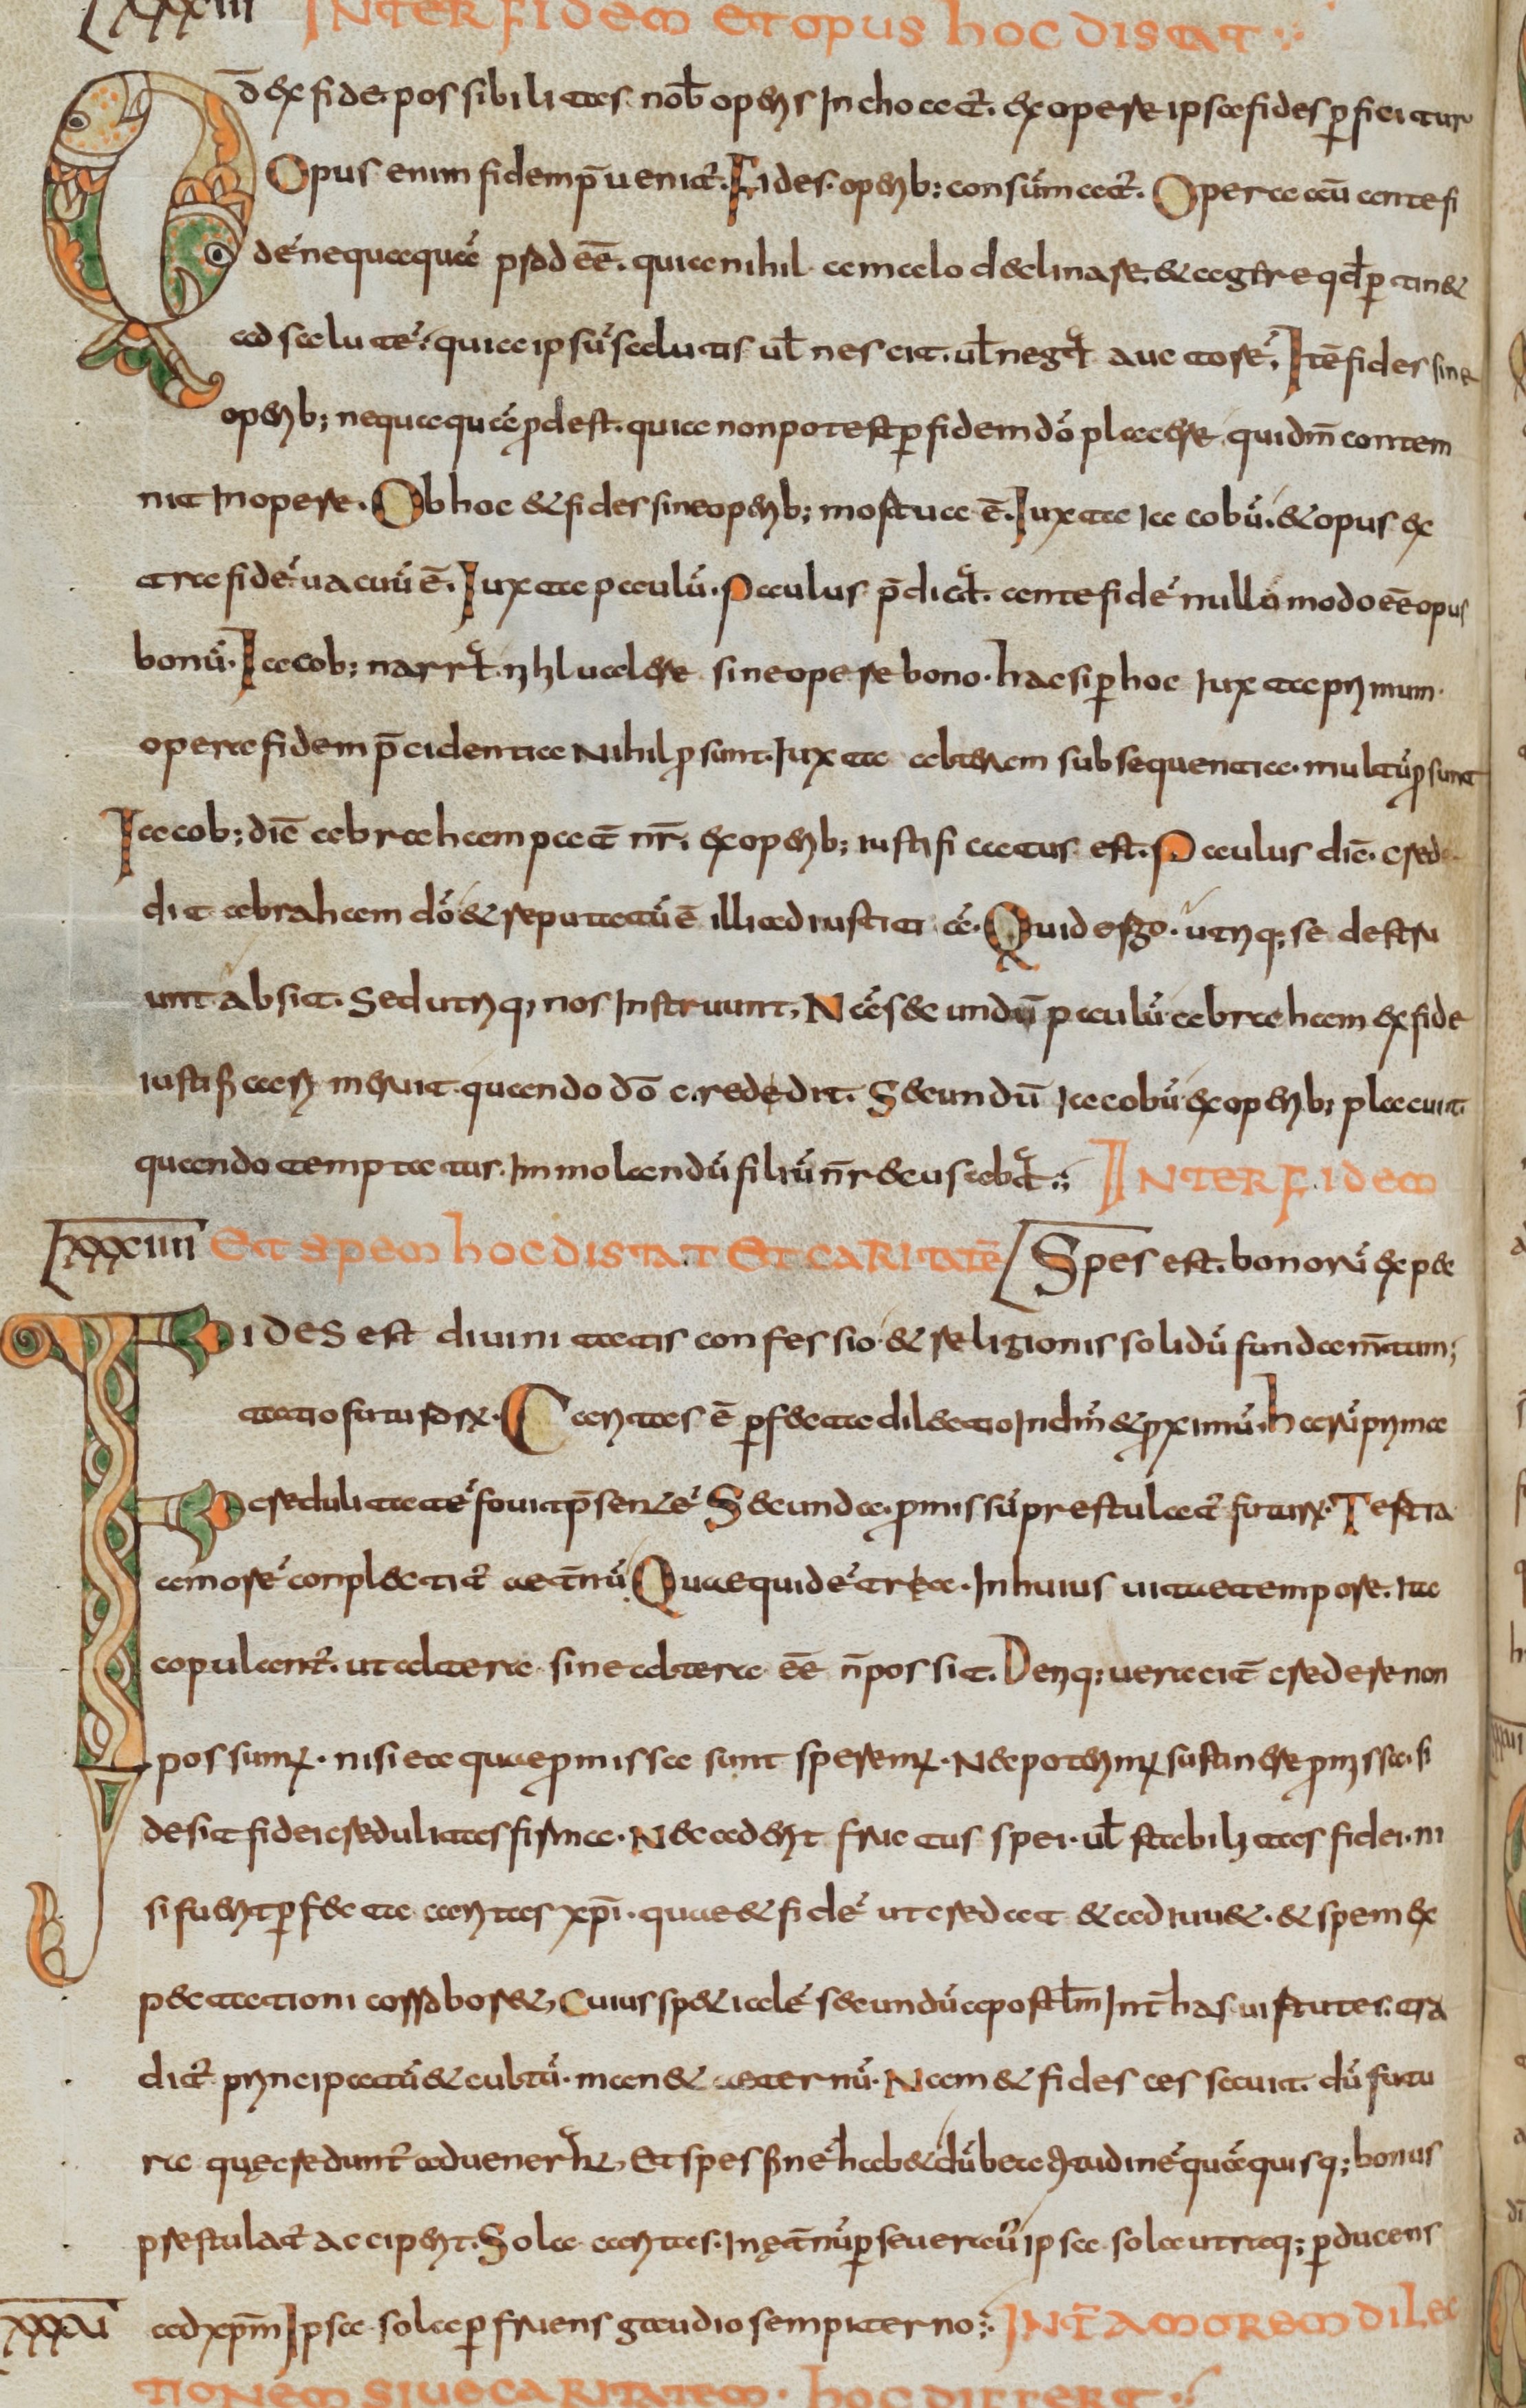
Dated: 800–830